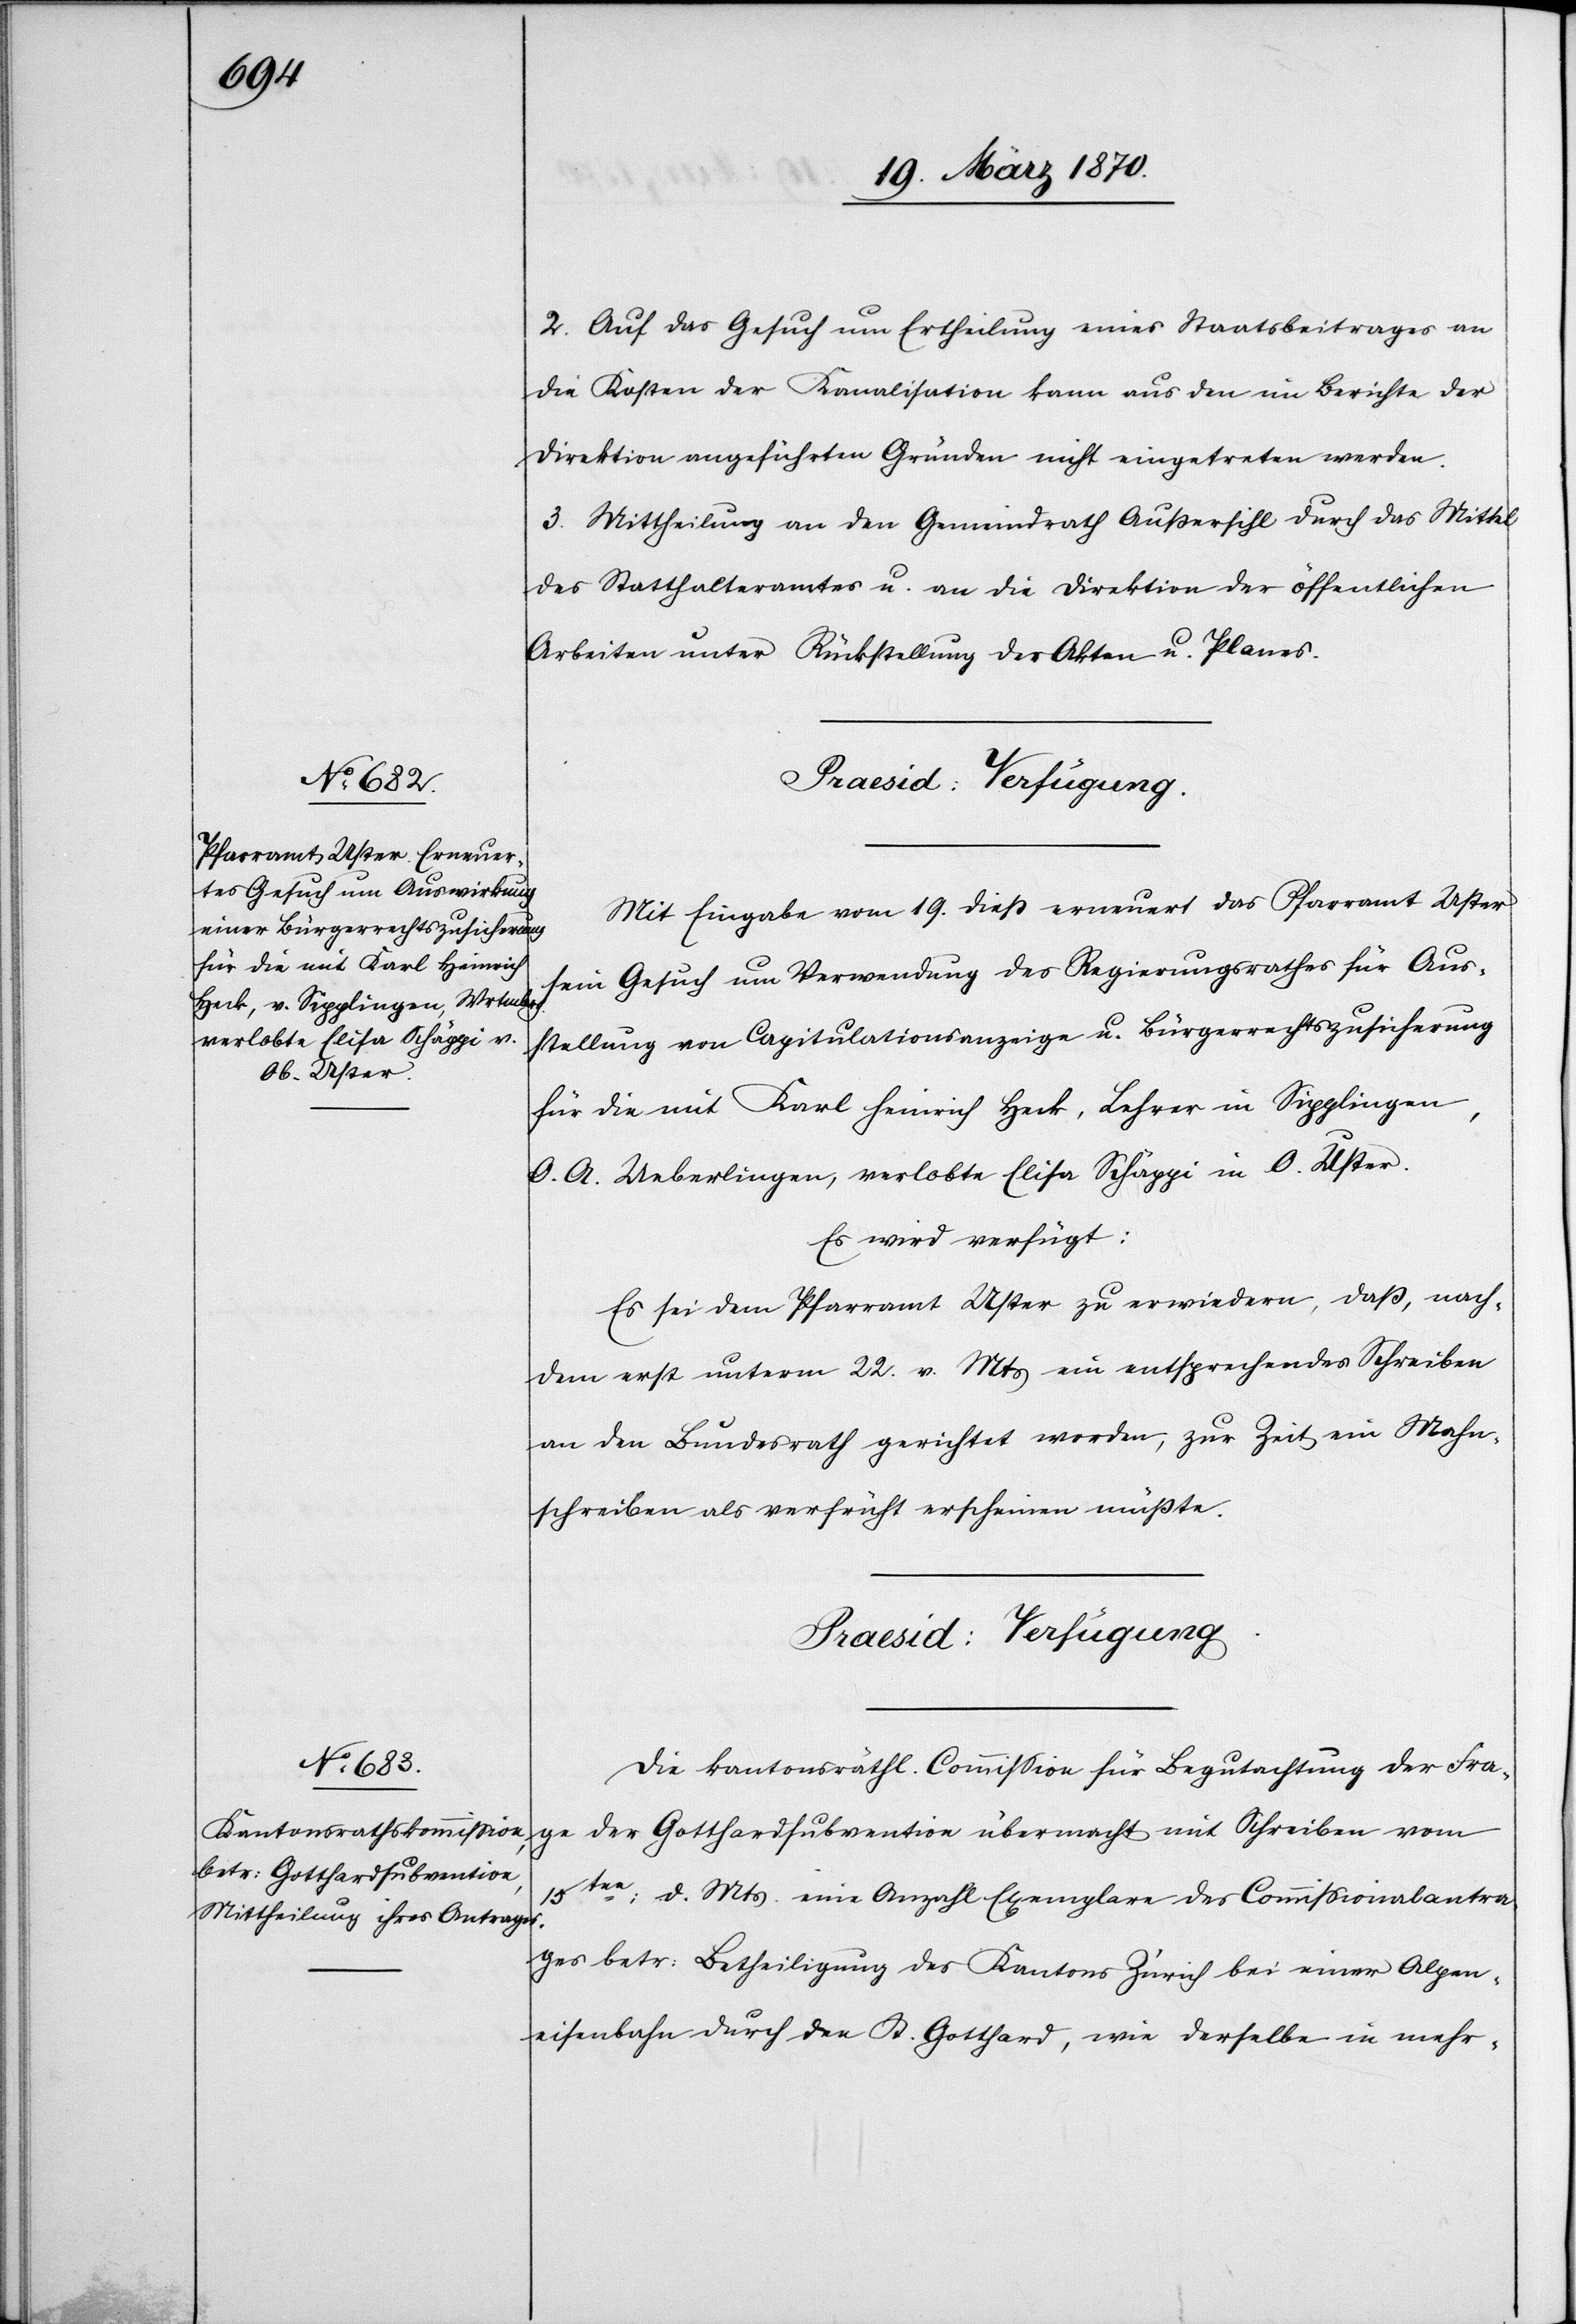
19. März 1870]
2. Auf das Gesuch um Ertheilung eines Staatsbeitrages an
die Kosten der Kanalisation kann aus den im Berichte der
Direktion angeführten Gründen nicht eingetreten werden.
3. Mittheilung an den Gemeindrath Außersihl durch das Mittel
des Statthalteramtes u. an die Direktion der öffentlichen
Arbeiten unter Rückstellung der Akten u. Planes.
Praesid: Verfügung.
Mit Eingabe vom 19. dieß erneuert das Pfarramt Uster
sein Gesuch um Verwendung des Regierungsrathes für Aus¬
stellung von Capitulationsanzeige u. Bürgerrechtszusicherung
für die mit Karl Heinrich Heck, Lehrer in Sipplingen,
O. A. Ueberlingen, verlobte Elisa Schäppi in O. Uster.
Es wird verfügt:
Es sei dem Pfarramt Uster zu erwiedern, daß, nach¬
dem erst unterm 22. v. Mts ein entsprechendes Schreiben
an den Bundesrath gerichtet worden, zur Zeit ein Mahn¬
schreiben als verfrüht erscheinen müßte.
Die kantonsräthl. Commission für Begutachtung der Fra¬
ge der Gotthardsubvention übermacht mit Schreiben vom
15ten: d. Mts eine Anzahl Exemplare des Commissionalantra¬
ges betr: Betheiligung des Kantons Zürich bei einer Alpen¬
eisenbahn durch den St. Gotthard, wie derselbe in mehr-